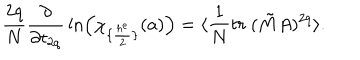
LaTeX: { \frac { 2 q } { N } } { \frac { \partial } { \partial t _ { 2 q } } } \ln \Bigl ( \chi _ { \{ { \frac { h ^ { e } } { 2 } } \} } ( a ) \Bigr ) = \langle { \frac { 1 } { N } } t r ~ ( \tilde { M } A ) ^ { 2 q } \rangle .